Annual report on the working of the lock hospitals in the Central Provinces
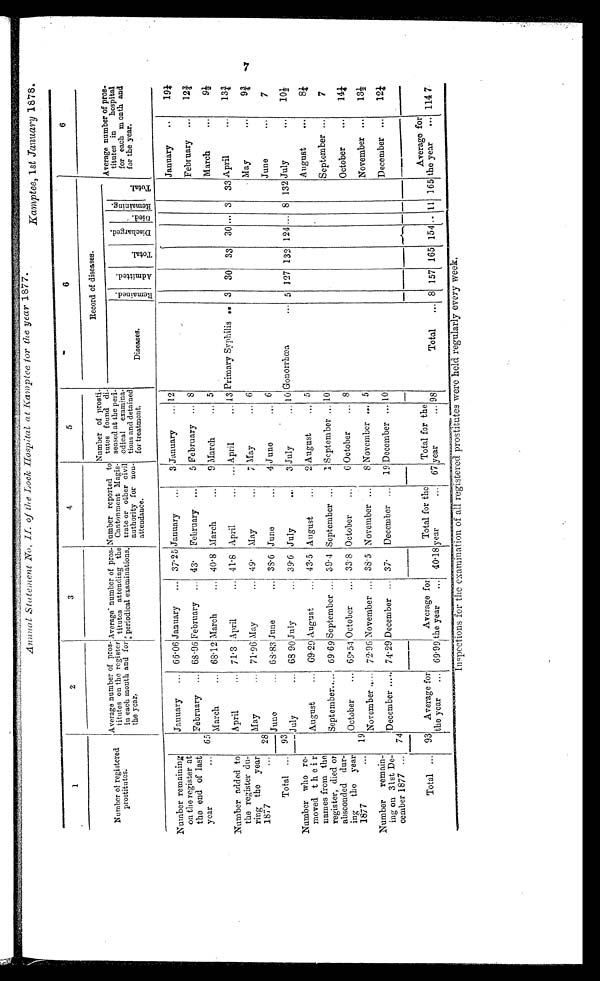
Annual Statement No, II. of the Lock Hospital at Kamptee for the year 1877.
Kamptee, l st January 1878.
1
2
3
4
5
6
6
Number of registered
prostitutes.
Average number of pros-
titutes on the register
in each month and for
t h e y e a r .
Average number of pros-
titutes attending the
periodical examinations.
Number reported to
Cantonment Magis-
trate or other civil
authority for non-
attendance.
Number of prosti-
tutes found di-
seased at the peri-
odical examina-
tions and detained
for treatment.
Record of diseases.
Average number of pros-
titutes in hospital
for each month and
for the year.
Diseases.
Remained.
A d m i t t e d .
T o t a l .
D i s c h a r g e d .
D i e d .
Remaining.
T o t a l .
Number remaining
on the register at
the end of last
year
...
65
Jauuary
...
66.06 January
...
37.25 January
...
3 January
...
12
January
...
19¼
February
...
68.96 February
...
43.
February
...
5 February
...
8
February
. . .
12 ¾
March
...
68.12 March
...
40.8 March
. . .
9 March
...
5
March
...
9½
Number added to
the register du-
ring the year
1877
...
28
April
...
71.3 April
...
41.8
April
...
... April
... 13 Primary Syphilis
. . 3
30
33
30 ... 3
33 April
. . .
13¾
May
...
71.96 May
...
49.
May
...
7 May
...
6
May
...
9¾
June
...
68.83 June
...
38.6 June
...
4 June
...
6
June
...
7
Total
...
93
July
...
68 90 July
...
39.6
July
...
3 July
...
10 Gonorrhœa
. . . 5 127 132 124
...
8 132 July
. . .
10½
Number who re-
moved their
names from the
register, died or
absconded dur-
ing the year
1877
...
19
August
...
69.29 August
...
43.5 August
...
2 August
... 5
August
...
8 ¼
September
...
69.69 September
...
39.4 September ...
1 September
...
10
September
...
7
October
...
69.54 October
...
33.8 October
. . .
6 October
...
8
October
...
14¼
November
...
72.96 November
...
38.5
November ...
8 November ...
5
November
...
13½ 2
Number remain-
ing on 31st De-
cember 1877
...
74
December
...
74.29 December
...
37.
December
...
19 December
... 10
December
...
12¼
Total
. . .
93
Average for
the year
...
69.99
Average for
the year
...
40.18
Total for the
year
...
67
Total for the
year
...
98
Total
... 8 157 165 154 .. 11
165
Average for
the year
. . . 1147
Inspections for the examination of all registered prostitutes were held regularly every week.